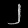
Digit: ၂